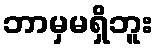
ဘာမှမရှိဘူး